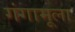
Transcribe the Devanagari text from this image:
गंगामूला